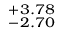
_ { - 2 . 7 0 } ^ { + 3 . 7 8 }